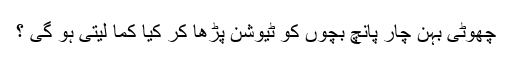
چھوٹی بہن چار پانچ بچوں کو ٹیوشن پڑھا کر کیا کما لیتی ہو گی ؟